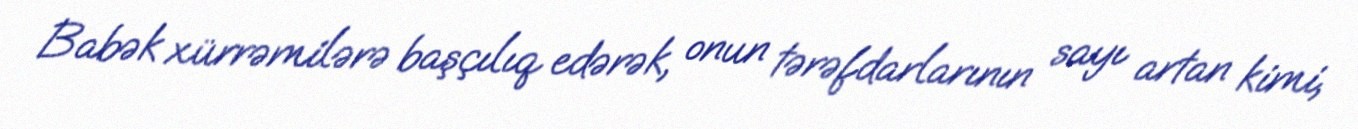
Babək xürrəmilərə başçılıq edərək, onun tərəfdarlarının sayı artan kimi,